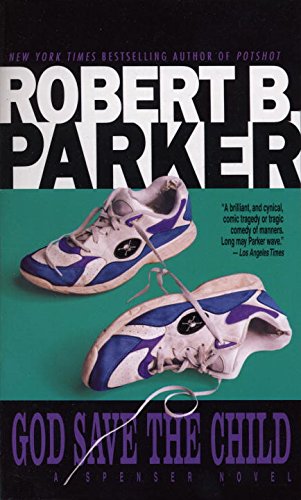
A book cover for God Save the Child (Spenser); Robert B. Parker; Mystery, Thriller & Suspense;